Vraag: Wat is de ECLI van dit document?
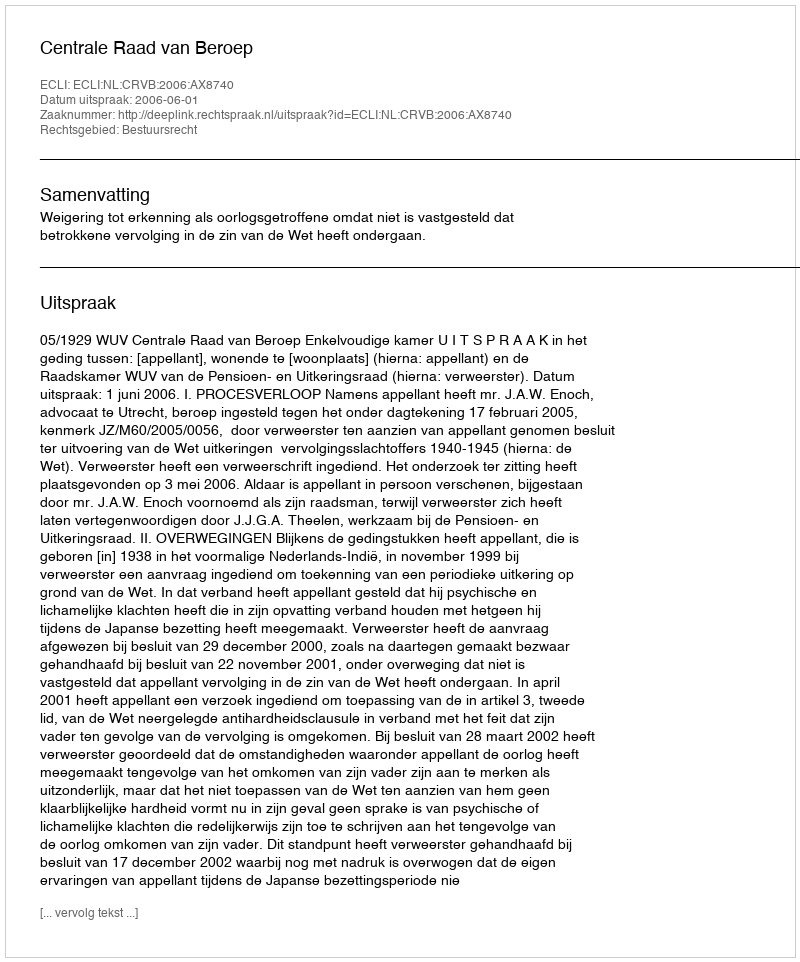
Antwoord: ECLI:NL:CRVB:2006:AX8740